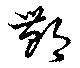
鄷